Vaccination in Bombay 1869-1873 - 1869-1873
Year: 1869
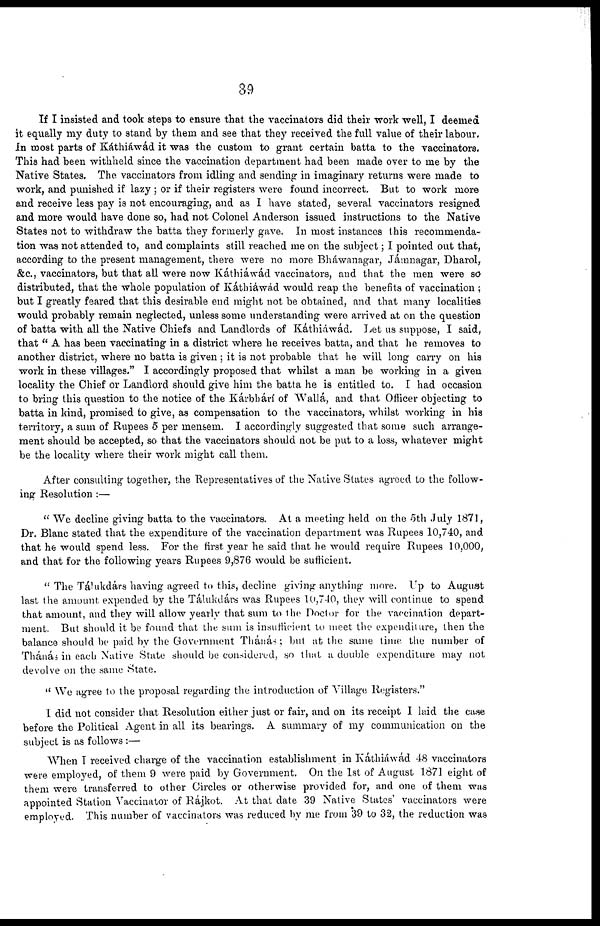
39
If I insisted and took steps to ensure that the vaccinators did their work well, I deemed
it equally my duty to stand by them and see that they received the full value of their labour.
In most parts of Káthiáwád it was the custom to grant certain batta to the vaccinators.
This had been withheld since the vaccination department had been made over to me by the
Native States. The vaccinators from idling and sending in imaginary returns were made to
work, and punished if lazy ; or if their registers were found incorrect. But to work more
and receive less pay is not encouraging, and as I have stated, several vaccinators resigned
and more would have done so, had not Colonel Anderson issued instructions to the Native
States not to withdraw the batta they formerly gave. In most instances this recommenda-
tion was not attended to, and complaints still reached me on the subject; I pointed out that,
according to the present management, there were no more Bháwanagar, Jámnagar, Dharol,
&c., vaccinators, but that all were now Káthiáwád vaccinators, and that the men were so
distributed, that the whole population of Káthiáwád would reap the benefits of vaccination ;
but I greatly feared that this desirable end might not be obtained, and that many localities
would probably remain neglected, unless some understanding were arrived at on the question
of batta with all the Native Chiefs and Landlords of Káthiáwád. Let us suppose, I said,
that " A has been vaccinating in a district where he receives batta, and that he removes to
another district, where no batta is given ; it is not probable that he will long carry on his
work in these villages." I accordingly proposed that whilst a man be working in a given
locality the Chief or Landlord should give him the batta he is entitled to. I had occasion
to bring this question to the notice of the Kárbhárí of Wallá, and that Officer objecting to
batta in kind, promised to give, as compensation to the vaccinators, whilst working in his
territory, a sum of Rupees 5 per mensem. I accordingly suggested that some such arrange-
ment should be accepted, so that the vaccinators should not be put to a loss, whatever might
be the locality where their work might call them.
After consulting together, the Representatives of the Native States agreed to the follow-
ing Resolution :—
" We decline giving batta to the vaccinators. At a meeting held on the 5th July 1871,
Dr. Blanc stated that the expenditure of the vaccination department was Rupees 10,740, and
that he would spend less. For the first year he said that he would require Rupees 10,000,
and that for the following years Rupees 9,876 would be sufficient.
" The Tálukdárs having agreed to this, decline giving anything more. Up to August
last the amount expended by the Tálukdárs was Rupees 10,740, they will continue to spend
that amount, and they will allow yearly that sum to the Doctor for the vaccination depart-
ment. But should it be found that the sum is insufficient to meet the expenditure, then the
balance should be paid by the Government Thánás ; but at the same time, the number of
Thánás in each Native State should be considered, so that a double expenditure may not
devolve on the same State.
" We agree to the proposal regarding the introduction of Village Registers."
I did not consider that Resolution either just or fair, and on its receipt I laid the case
before the Political Agent in all its bearings. A summary of my communication on the
subject is as follows :—
When I received charge of the vaccination establishment in Káthiáwád 48 vaccinators
were employed, of them 9 were paid by Government. On the 1st of August 1871 eight of
them were transferred to other Circles or otherwise provided for, and one of them was
appointed Station Vaccinator of Rájkot. At that date 39 Native States' vaccinators were
employed. This number of vaccinators was reduced by me from 39 to 32, the reduction was